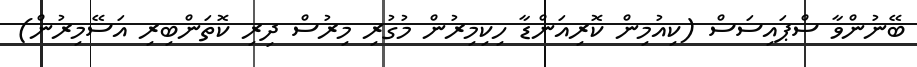
ބޭނުންވާ ސްޕައިސަސް (ކިއުމިން ކޮރިއަންޑާ ހިކިމިރުން މުގުރި މިރުސް ދިރި ކޮތަންބިރި އަސޭމިރުން)